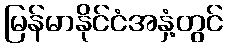
မြန်မာနိုင်ငံအနှံ့တွင်